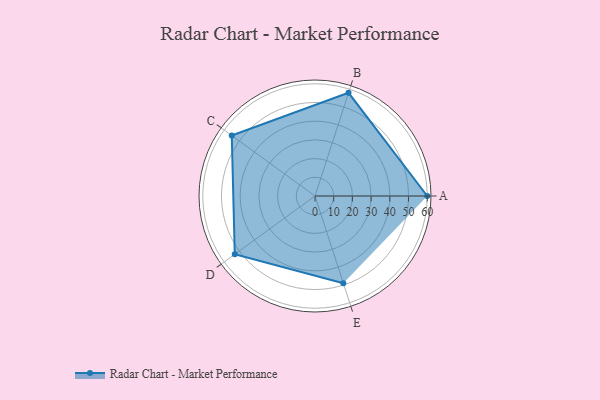
{"axis": {"x": "Skill", "y": "Score"}, "legend": ["Profile"], "data": [{"x": "A", "y": 60.0, "type": "Profile"}, {"x": "B", "y": 58.0, "type": "Profile"}, {"x": "C", "y": 55.0, "type": "Profile"}, {"x": "D", "y": 53.0, "type": "Profile"}, {"x": "E", "y": 49.0, "type": "Profile"}]}